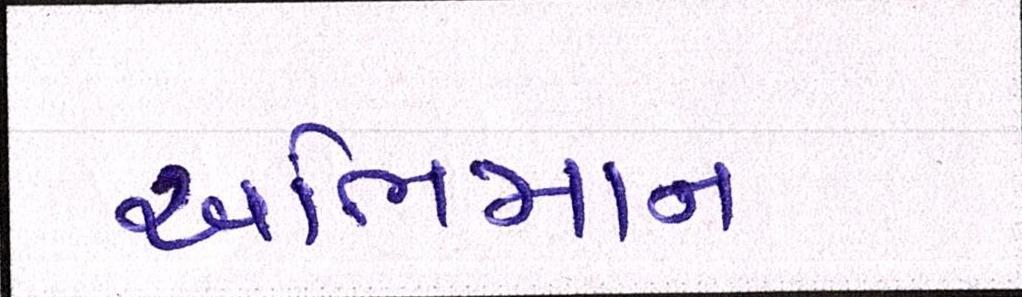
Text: અભિમાન